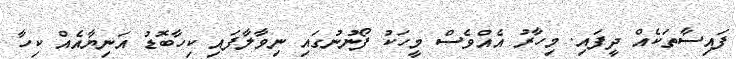
ފައިސާތަކެއް ދީފައި. މިހާރު އެއްވެސް މީހަކު ފޯނުނުގައި ނިވާލާފައި ކިހާބޮޑު އަނިޔާއެއް ކިހާ